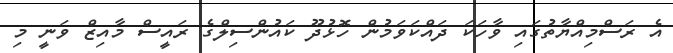
އެ ރަސްމިއްޔާތުގައި ވާހަކަ ދައްކަވަމުން ހޮޅުދޫ ކައުންސިލްގެ ރައީސް މާއިޒް ވަނީ މި